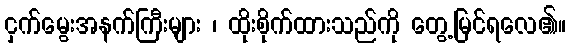
ငှက်မွေးအနက်ကြီးများ ၊ ထိုးစိုက်ထားသည်ကို တွေ့မြင်ရလေ၏။